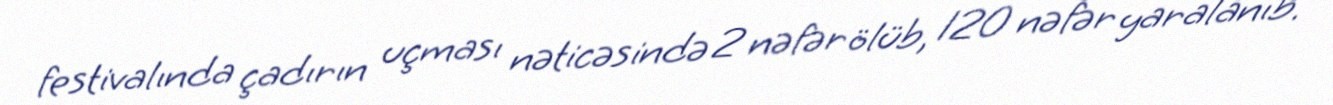
festivalında çadırın uçması nəticəsində 2 nəfər ölüb, 120 nəfər yaralanıb.